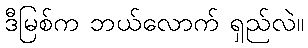
ဒီမြစ်က ဘယ်လောက် ရှည်လဲ။